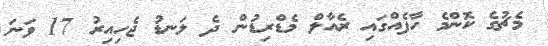
މެޗުގެ ކޮންމެ ހާފެއްގައި ރެއާލް މެޑްރިޑުން ދެ ލަނޑު ޖެހިއިރު 17 ވަނަ